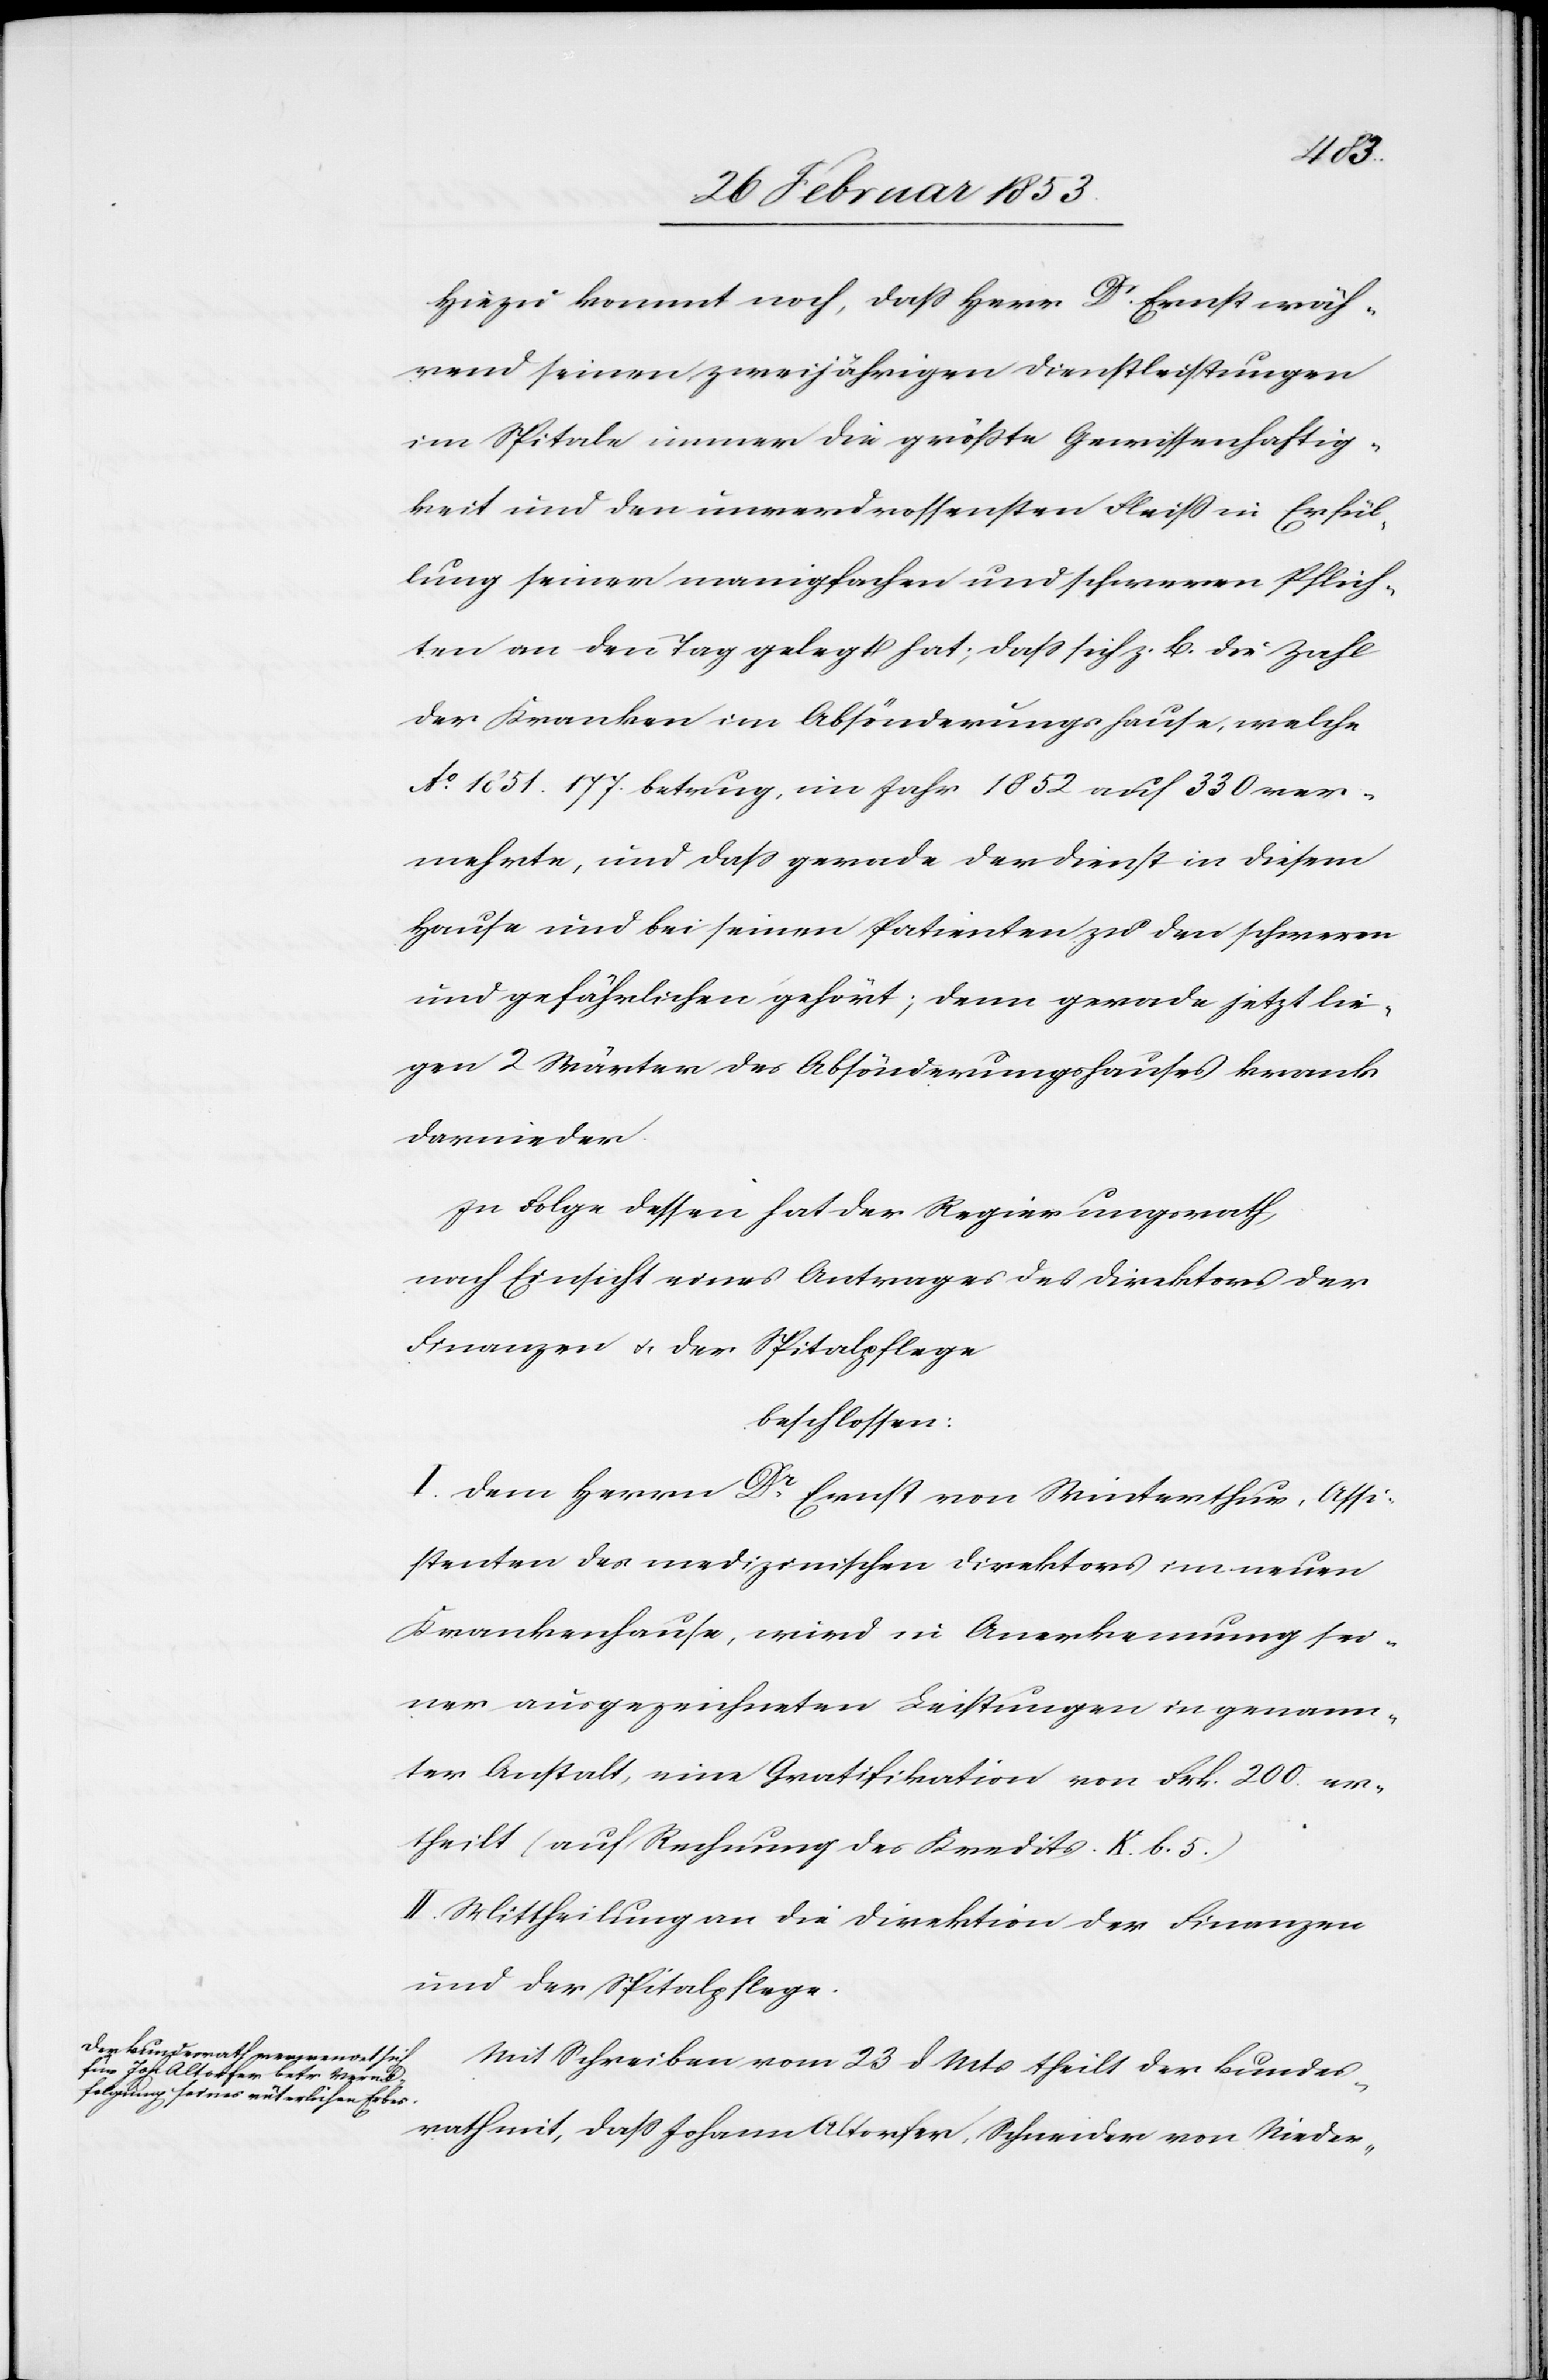
Hiezu kommt noch, daß Herr Dr. Ernst wäh¬
rend seinem zweijährigen Dienstleistungen
im Spitale immer die größte Gewissenhaftig¬
keit und den unverdrossensten Fleiß in Erfül¬
lung seiner manigfachen und schweren Pflich¬
ten an den Tag gelegt hat; daß sich z. B. die Zahl
der Kranken im Absönderungshause, welche
A°. 1851 177 betrug, im Jahre 1852 auf 330 ver¬
mehrte, und daß gerade der Dienst in diesem
Hause und bei seinen Patienten zu den schweren
und gefährlichen gehört, denn gerade jetzt lie¬
gen 2 Wärter des Absönderungshauses krank
darnieder.
In Folge dessen hat der Regierungsrath,
nach Einsicht eines Antrages des Direktors der
Finanzen u. der Spitalpflege
beschlossen:
I. Dem Herrn Dr. Ernst von Winterthur, Assi¬
stenten des medizinischen Direktors im neuen
Krankenhause, wird in Anerkennung sei¬
ner ausgezeichneten Leistungen in genann¬
ter Anstalt, eine Gratifikation von Frk. 200 er¬
theilt (auf Rechnung des Kredites K. b. 5.)
II. Mittheilung an die Direktion der Finanzen
und der Spitalpflege.
Mit Schreiben vom 23 d. Mts. theilt der Bundes¬
rath mit, daß Johann Altorfer, Schneider von Nieder-